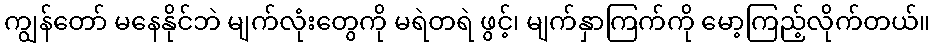
ကျွန်တော် မနေနိုင်ဘဲ မျက်လုံးတွေကို မရဲတရဲ ဖွင့်၊ မျက်နှာကြက်ကို မော့ကြည့်လိုက်တယ်။